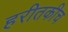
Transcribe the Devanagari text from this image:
हरीतकीच